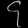
Digit: ၄